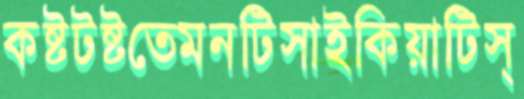
কষ্টটষ্টতেমনটিসাইকিয়াটিস্